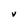
Character: v